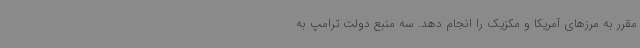
مقرر به مرزهای آمریکا و مکزیک را انجام دهد. سه منبع دولت ترامپ به